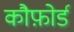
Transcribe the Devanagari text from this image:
कौफ़ोर्ड